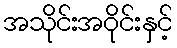
အသိုင်းအဝိုင်းနှင့်